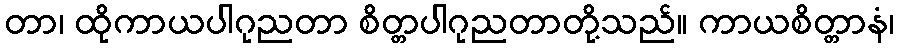
တာ၊ ထိုကာယပါဂုညတာ စိတ္တပါဂုညတာတို့သည်။ ကာယစိတ္တာနံ၊